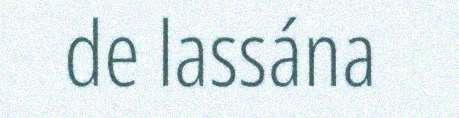
de lassána